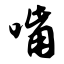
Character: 嘴